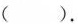
().